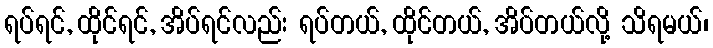
ရပ်ရင်, ထိုင်ရင်, အိပ်ရင်လည်း ရပ်တယ်, ထိုင်တယ်, အိပ်တယ်လို့ သိရမယ်၊